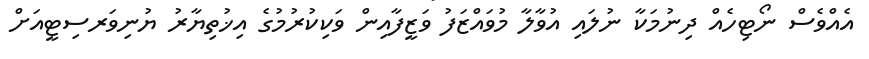
އެއްވެސް ނޯޓިހެއް ދިނުމަކާ ނުލައި އުވާލާ މުވައްޒަފު ވަޒީފާއިން ވަކިކުރުމުގެ އިޚުތިޔާރު ޔުނިވަރސިޓީއަށް